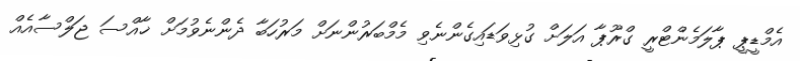
އެމްޑީޕީ ޕާލަމެންޓްރީ ގްރޫޕާ އަލަށް ގުޅިވަޑައިގެންނެވި މެމްބަރުންނަށް މަރުހަބާ ދެންނެވުމަށް ޚާއްސަ ޖަލްސާއެއް